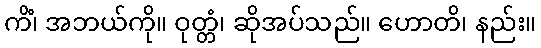
ကိံ၊ အဘယ်ကို။ ဝုတ္တံ၊ ဆိုအပ်သည်။ ဟောတိ၊ နည်း။